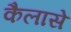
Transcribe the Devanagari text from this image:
कैलासे